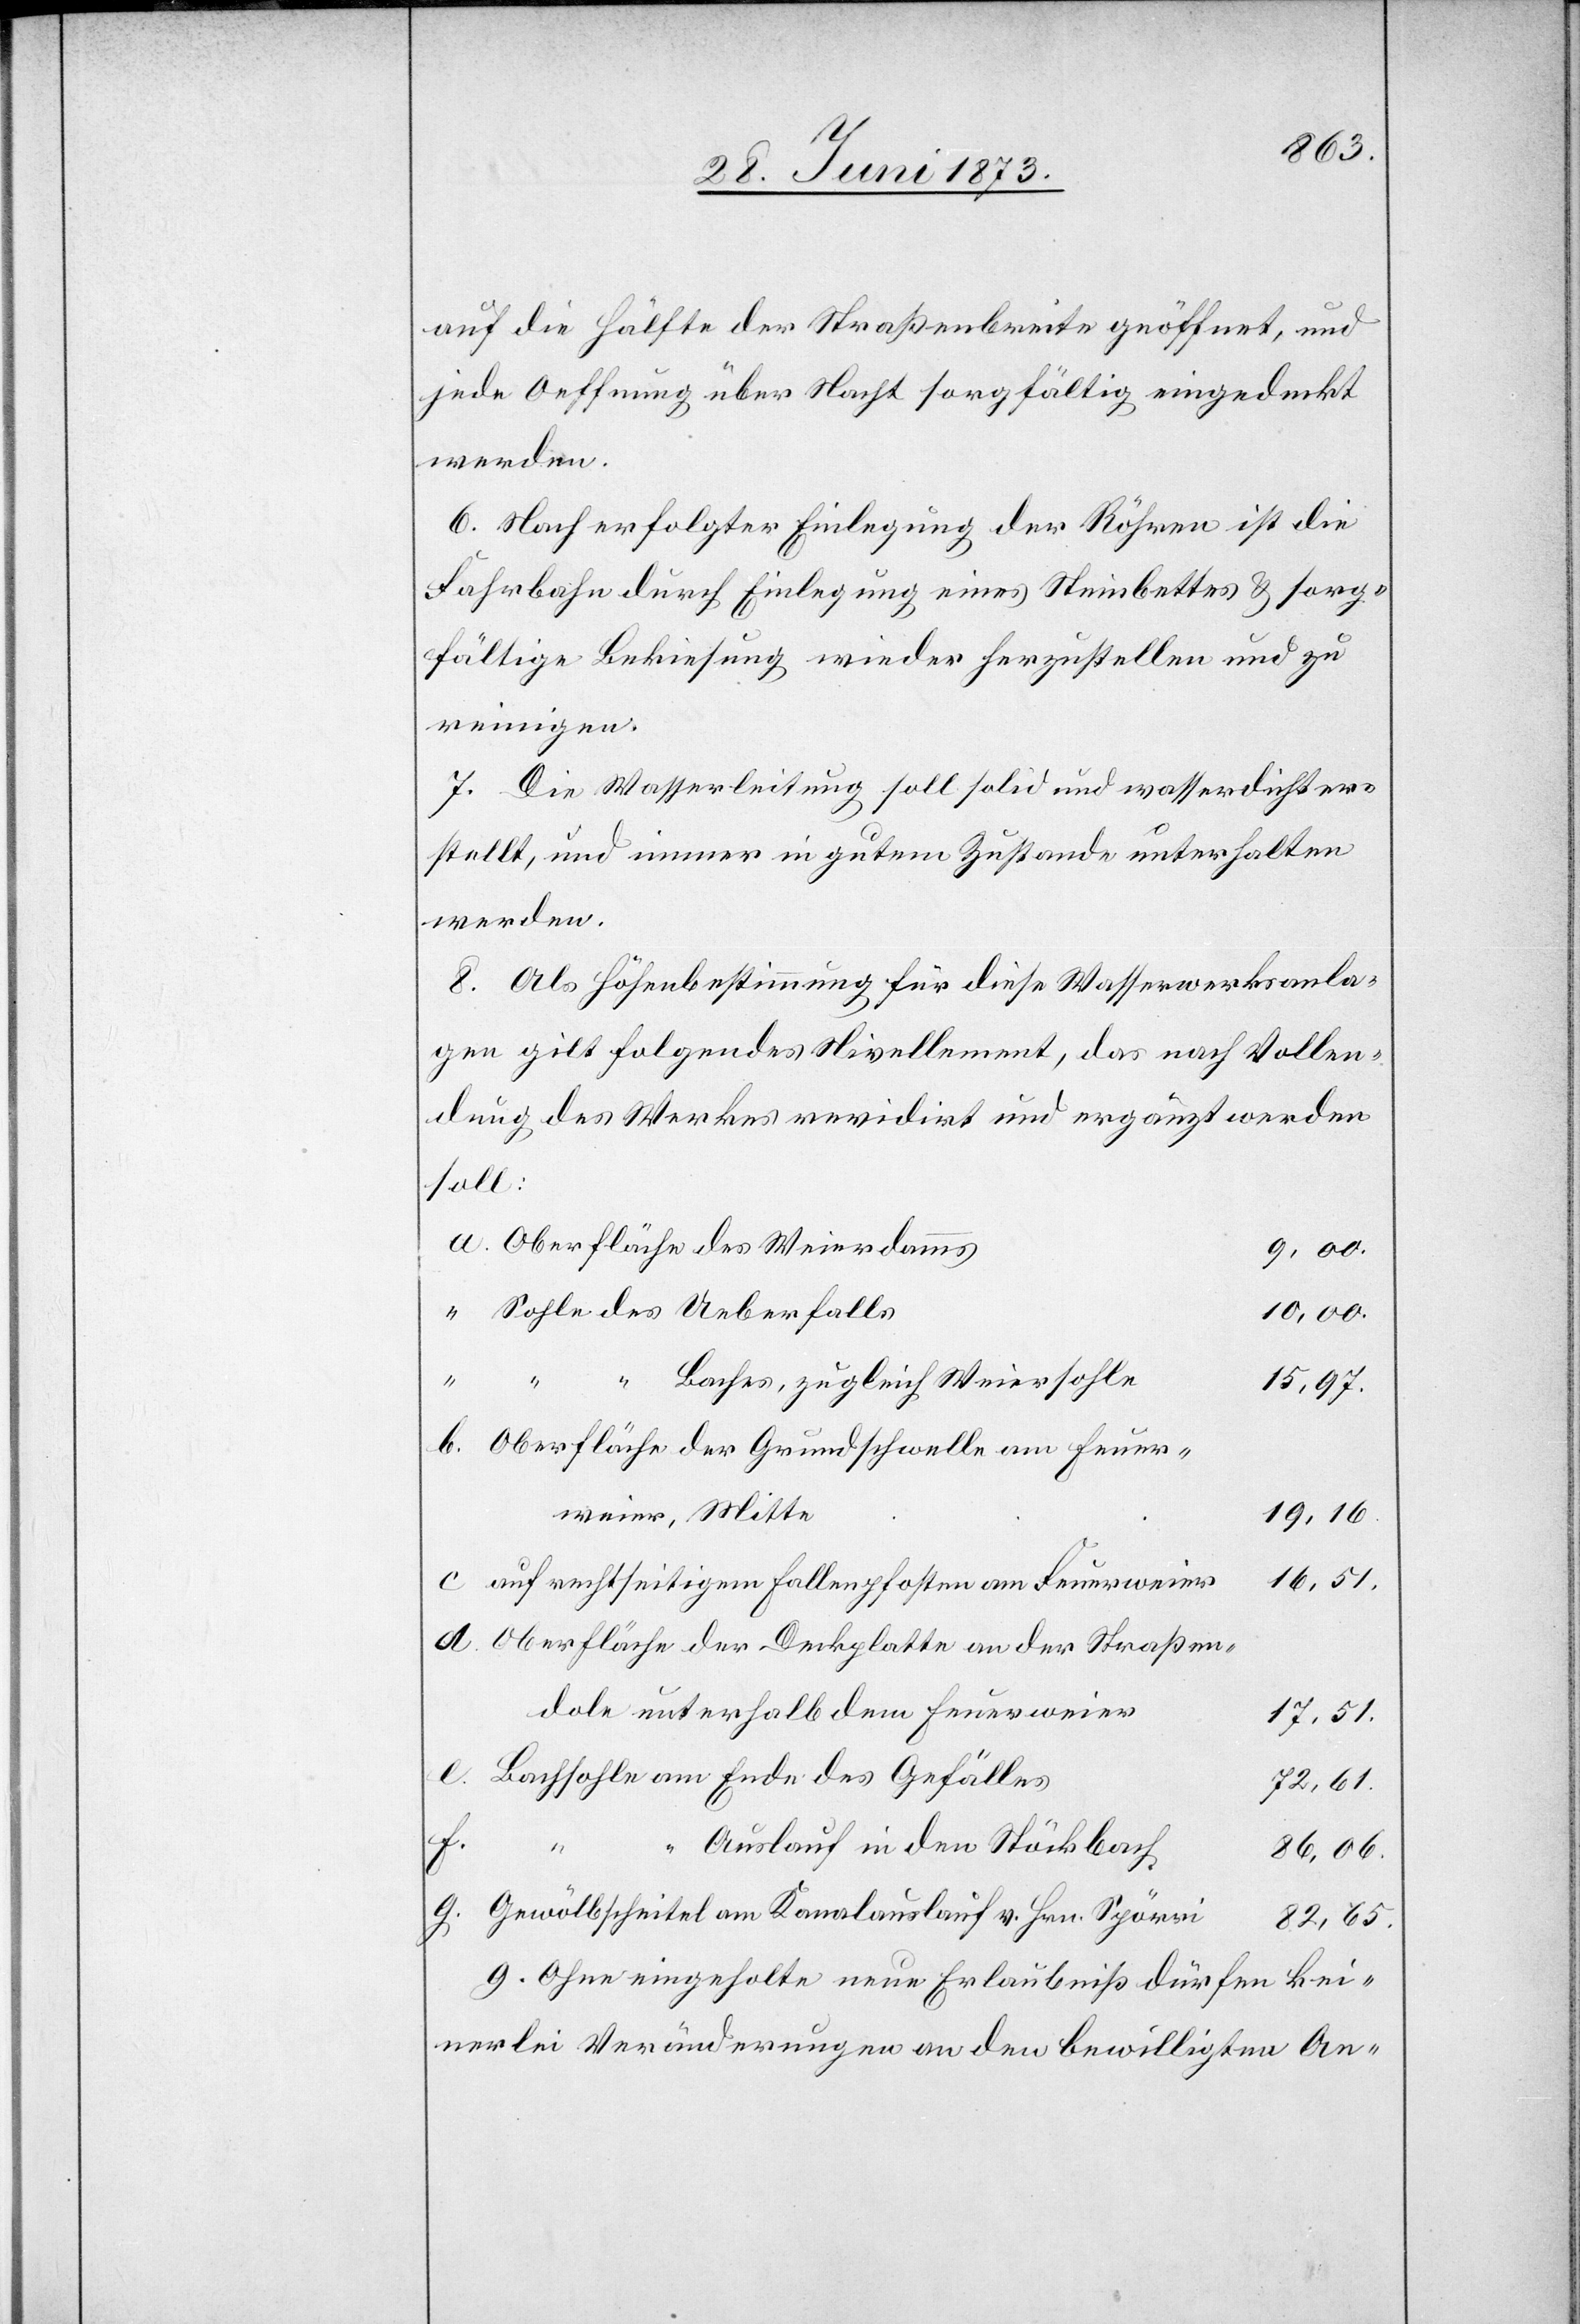
auf die Hälfte der Straßenbreite geöffnet, und
jede Oeffnung über Nacht sorgfältig eingedeckt
werden.
6. Nach erfolgter Einlegung der Röhren ist die
Fahrbahn durch Einlegung eines Steinbettes & sorg¬
fältige Bekiesung wieder herzustellen und zu
reinigen.
7. Die Wasserleitung soll solid und wasserdicht er¬
stellt, und immer in gutem Zustande unterhalten
werden.
8. Als Höhenbestimmung für diese Wasserwerksanla¬
gen gilt folgendes Nivellement, das nach Vollen¬
dung des Werkes revidirt und ergänzt werden
soll:
Oberfläche des Weierdamms
9,00.
Sohle des Ueberfalls
10,00.
“ “ Baches, zugleich Weiersohle
15,97.
Oberfläche der Grundschwelle am Feuer¬
weier, Mitte
19,16.
auf rechtseitigem Fallenpfosten am Feuerweier
16,51.
Oberfläche der Deckplatte an der Straßen¬
dole unterhalb dem Feuerweier
17,51.
Bachsohle am Ende des Gefälles
72,61.
g.
“
Auslauf in den Stöckbach
86,06.
Gewölbscheitel am Kanalauslauf v. Hrn. Spörri
82,65.
9. Ohne eingeholte neue Erlaubniß dürfen kei¬
nerlei Veränderungen an den bewilligten An-